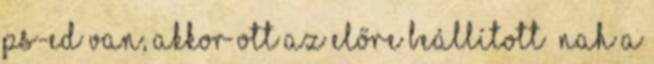
PS-ed van, akkor ott az előre beállított nah a